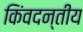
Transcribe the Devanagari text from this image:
किंवदन्तीय